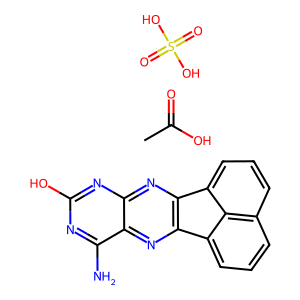
SMILES: CC(=O)O.Nc1nc(O)nc2nc3c(nc12)-c1cccc2cccc-3c12.O=S(=O)(O)O
Inhibits HIV replication: No